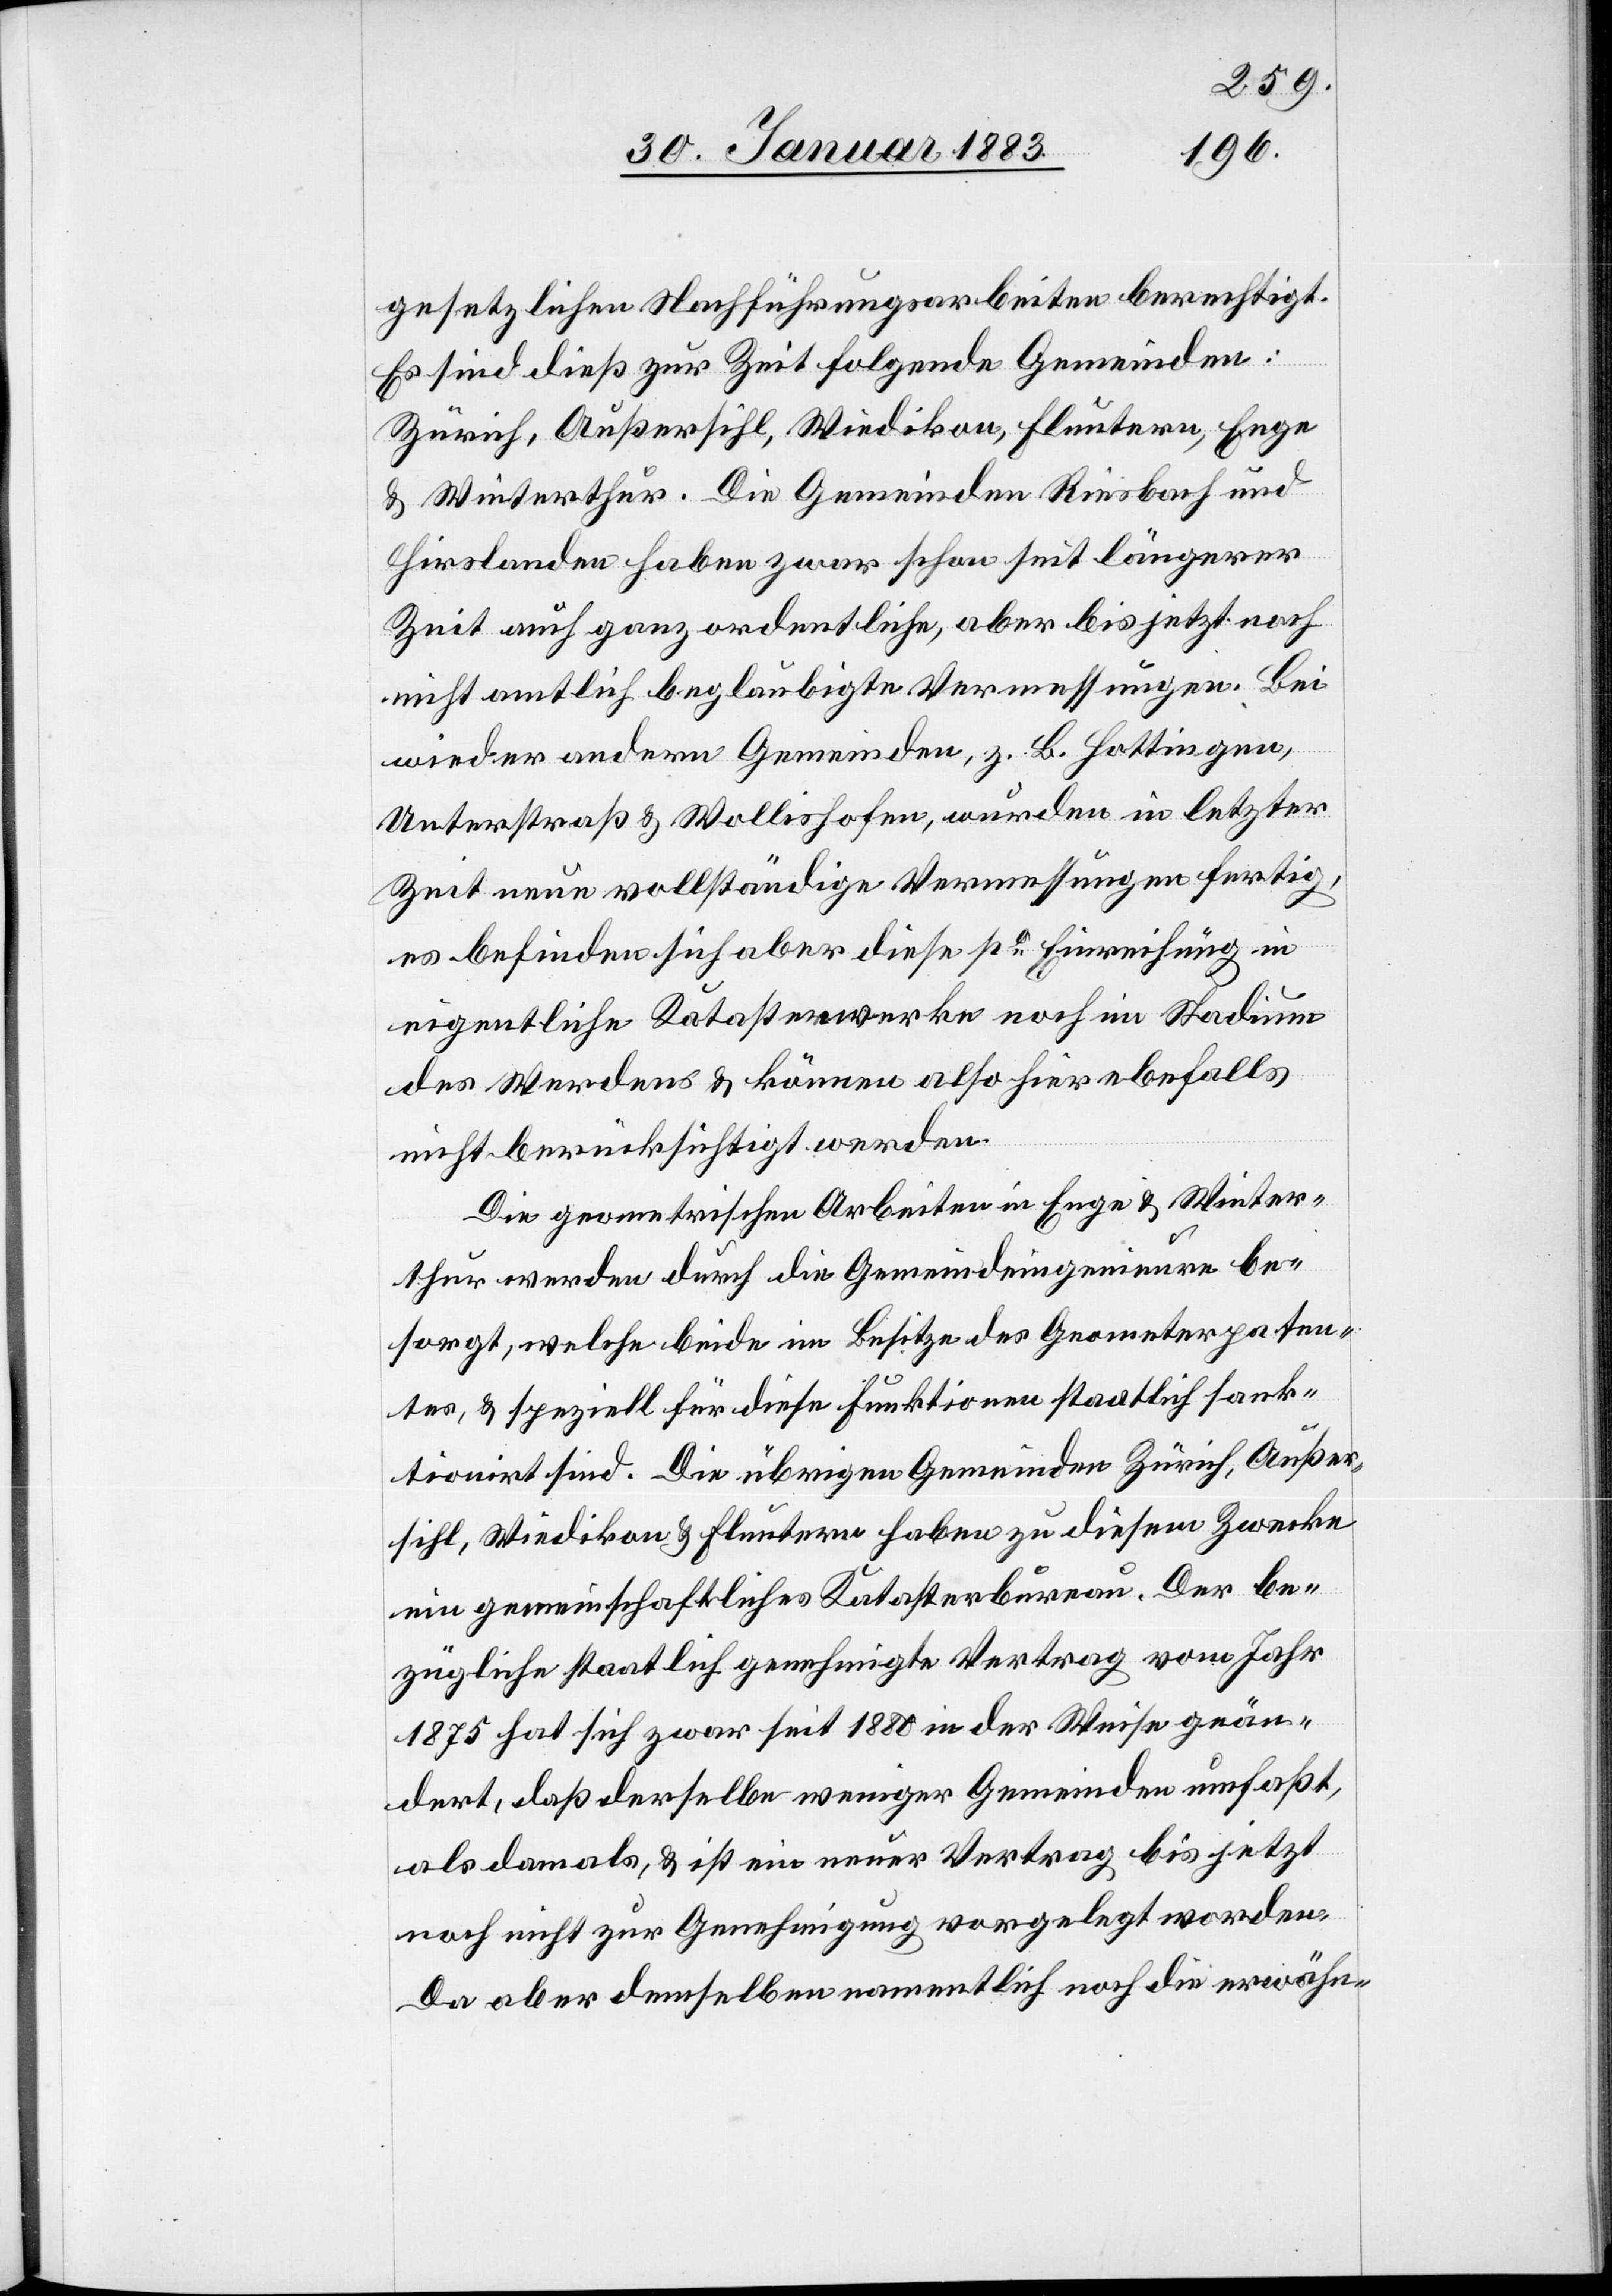
gesetzlichen Nachführungsarbeiten berechtigt.
Es sind dieß zur Zeit folgende Gemeinden:
Zürich, Außersihl, Wiedikon, Fluntern, Enge
& Winterthur. Die Gemeinden Riesbach und
Hirslanden haben zwar schon seit längerer
Zeit auch ganz ordentliche, aber bis jetzt noch
nicht amtlich beglaubigte Vermessungen. Bei
wieder andern Gemeinden, z. B. Hottingen,
Unterstraß & Wollishofen, wurden in letzter
Zeit neue vollständige Vermessungen verfertigt,
es befinden sich aber diese po Einreihung in
eigentliche Katasterwerke noch im Stadium
des Werdens & können also hier ebenfalls
nicht berücksichtigt werden.
Die geometrischen Arbeiten in Enge & Winter¬
thur werden durch die Gemeindeingenieure be¬
sorgt, welche beide im Besitze des Geometerpaten¬
tes, & speziell für diese Funktionen staatlich sank¬
tionirt sind. Die übrigen Gemeinden Zürich, Außer¬
sihl, Wiedikon & Fluntern haben zu diesem Zwecke
ein gemeinschaftliches Katasterbureau. Der be¬
zügliche staatlich genehmigte Vertrag vom Jahr
1875 hat sich zwar seit 1880 in der Weise geän¬
dert, daß derselbe weniger Gemeinden umfaßt,
als damals, & es ist ein neuer Vertrag bis jetzt
noch nicht zur Genehmigung vorgelegt worden.
Da aber demselben namentlich noch die erwähn-